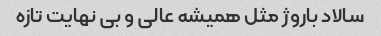
سالاد باروژ مثل همیشه عالی و بی نهایت تازه